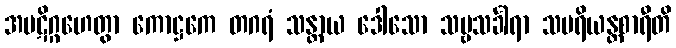
အပဋိဂ္ဂဟေတွာ ကောဋ္ဌကေ တဂရံ သန္တာယ ဒေါသော သဗ္ဗသင်္ခါရာ သပရိယန္တစာရီတိ